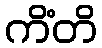
ကိံတိ